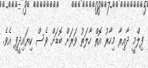
ފިލްމީ ދާއިރާ މިހާރު އޮތް ހާލަތު ވަރަށް ބޮޑަށް ވެސް ކިޔައިދީފި އެވެ.